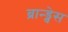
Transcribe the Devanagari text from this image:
ब्रान्ड्वेस